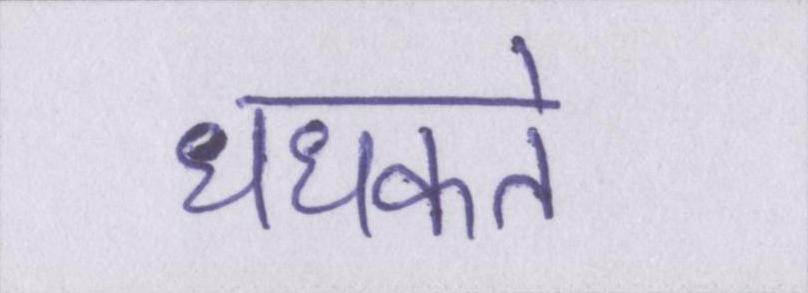
धधकते